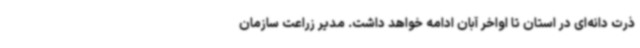
ذرت دانه‌ای در استان تا اواخر آبان ادامه خواهد داشت. مدیر زراعت سازمان